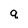
Character: q